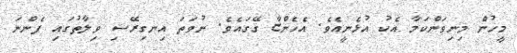
މީހުން މިނިވަންކަމާ އެކު އުޅެނީއެވެ. އެހެންޏާ ގޭގައެވެ. ނުވަތަ އިނގިރޭސި ވިލާތުގައި ފެންނަ